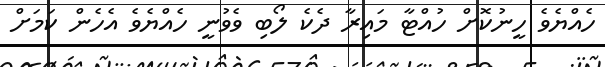
ހެއްޔެވެ ހީނުކޮށް ހުއްޓާ މައިރާ ދެކެ ލޯބި ވެވުނީ ހެއްޔެވެ އެހެން ކަމަށް